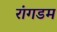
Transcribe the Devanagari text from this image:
रांगडम